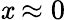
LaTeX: \mathit{x}\approx0